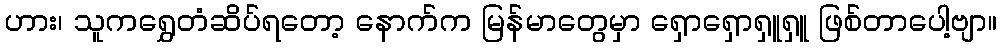
ဟား၊ သူကရွှေတံဆိပ်ရတော့ နောက်က မြန်မာတွေမှာ ရှောရှောရှူရှူ ဖြစ်တာပေါ့ဗျာ။